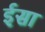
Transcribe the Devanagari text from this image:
र्इसा